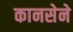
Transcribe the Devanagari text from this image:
कानसेने